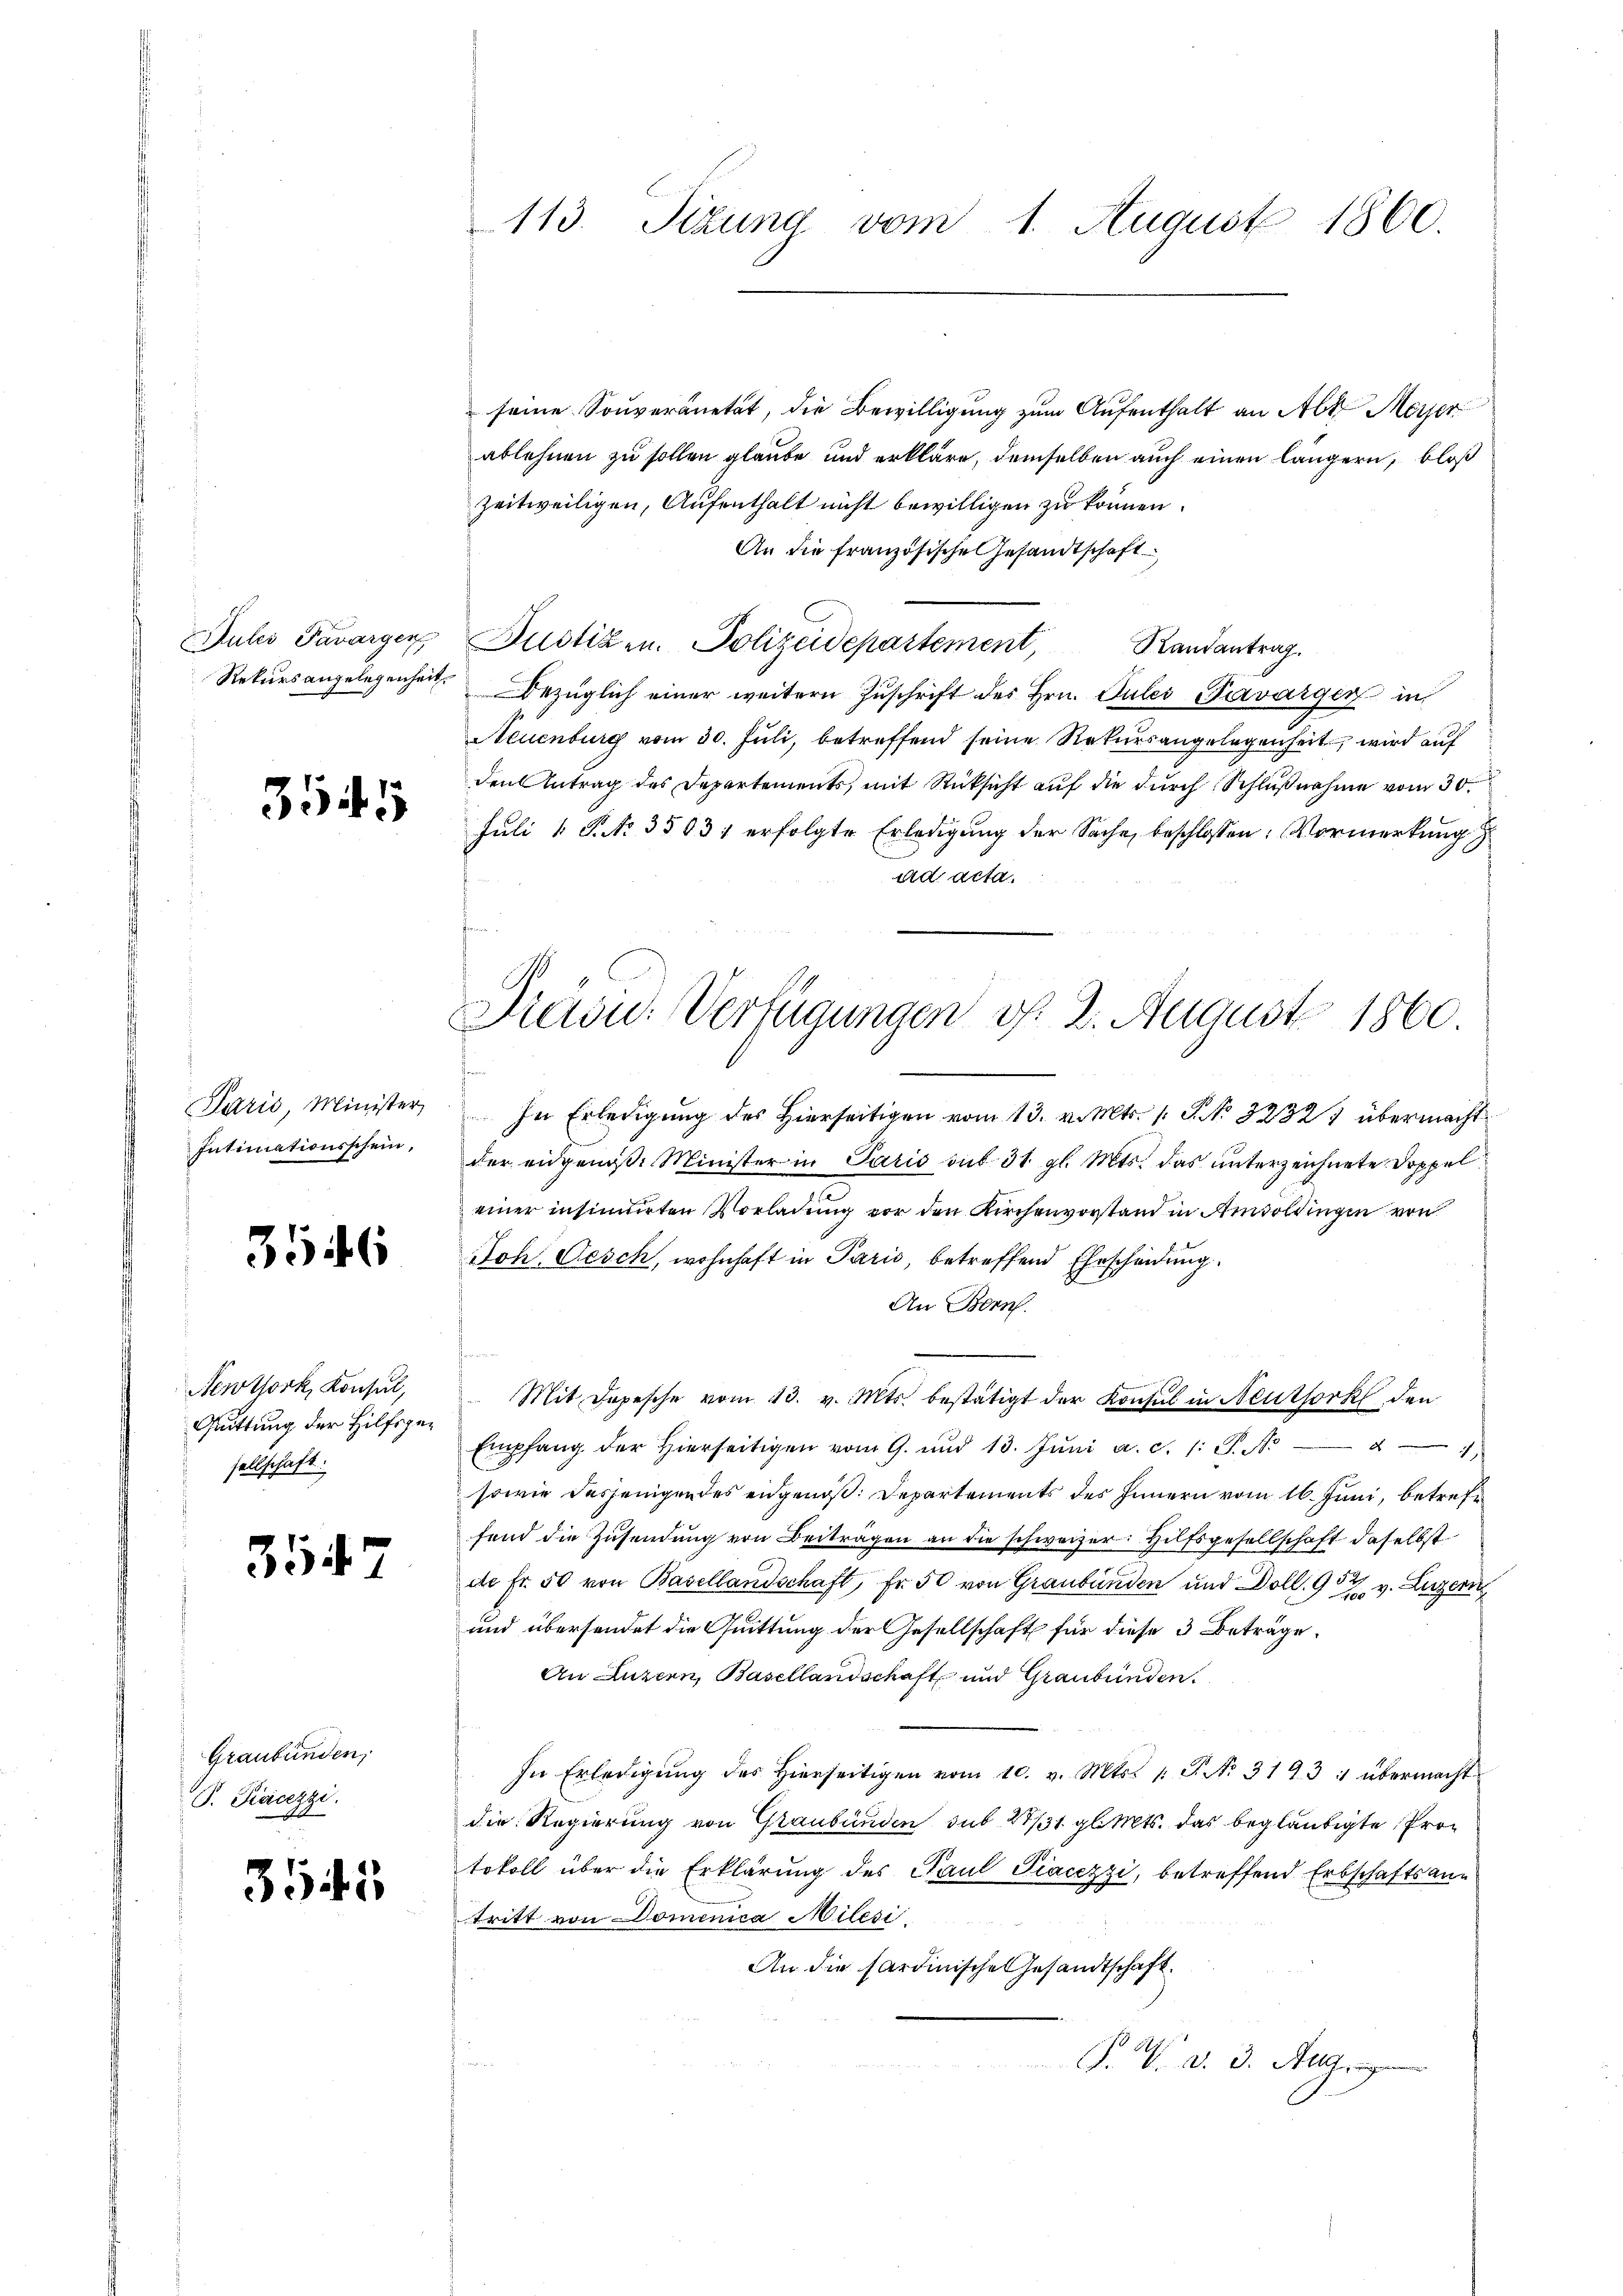
ules Favargen

354

Paris, Minister
Intimationsschein,

3546

Newtork, Konsul,
Quittung der Hilfsgesellschaft.

3547

Graubünden,
P. Pacezzi.

3545

113. Sitzung vom 1. August 1860.

Präsi- Verfügungen v. 2. August 1860

seine Souveränetät, die Bewilligung zum Aufenthalt an Abt. Meyer
ablehnen zu sollen glaube und erkläre, demselben auch einen längern, bloß
zeitweiligen, Aufenthalt nicht bewilligen zu können.
An die französische Gesandtschaft
Justizen. Polizeidepartement,
Randantrag.
Rekŭrsangelegenheit bezüglich einer weitern Zŭschrift des Hrn. Pulei-Pervárger in
Neuenburg vom 30. Juli, betreffend seine Rekursangelegenheit, wird auf
den Antrag des Departements, mit Rücksicht auf die durch Schlußnahme vom 30.
Juli [ P. Nr. 35831 erfolgte Erledigung der Sache, beschlossen: Vormerkung
ad acta.
d
In Erledigung des Hierseitigen vom 13. v. Mts. 1 S. No. 32327 übermacht
der eidgenöß. Minister in Paris sub 31. gl. Mts. das unterzeichnete Doppel
einer insinuirten Vorladung vor den Kirchenvorstand in Anwoldingen von
Joh. Gesch, wohnhaft in Paris, betreffend Ehrscheidung.
An Born.
 Mit Depesche vom 13. v. Mts. bestätigt der Konsul in Neuthork den
Empfang der hierseitigen vom 9. und 13. Jŭni a. c. 1: P. Nr. 4
sowie desjenigen des eidgenoß: Departements des Innern vom 16. Juni, betrefe
fend die Zusendung von Beiträgen an die schweizer. Hilfsgesellschaft daselbst
de fr. 50 von Basellandschaft, Fr. 50 von Graubünden und Doll. 904 v. Luzern
und übersendet die Quittung der Gesellschaft für diese 3 Beträge.
An Luzern, Basellandschaft und Graubünden.
In Erledigŭng des hierseitigen vom 10. v. Mts. 1. P. Nr. 3193 : übermacht
die Regierung von Graubünden sub 27/1 gl. Mts. das begläubigte Protokoll über die Erklärung des Paul Piacezzi, betreffend Erbschaftsantritt von Domenica Milesi
An die Sardinische Gesandtschaft.
. V. d. d. Allg.